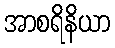
အာစရိနိယာ